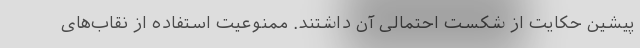
پیشین حکایت از شکست احتمالی آن داشتند. ممنوعیت استفاده از نقاب‌های